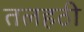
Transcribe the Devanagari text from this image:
तलहठी